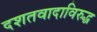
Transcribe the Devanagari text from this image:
दशतवादाविरुद्ध